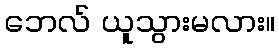
ဘေလ် ယူသွားမလား။